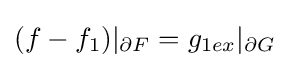
(f-f_{1})|_{\partial F}=g_{1ex}|_{\partial G}